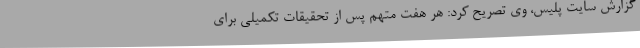
گزارش سایت پلیس، وی تصریح کرد: هر هفت متهم پس از تحقیقات تکمیلی برای